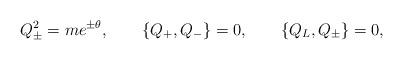
LaTeX: \begin{align*}Q_{\pm}^2 = me^{\pm \theta}, \quad \quad \{Q_+, Q_-\} = 0, \quad \quad \{Q_L, Q_{\pm}\} = 0, \end{align*}